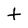
Character: t